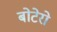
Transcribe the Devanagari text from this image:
बोटेरो